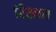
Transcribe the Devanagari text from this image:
रिक्षात